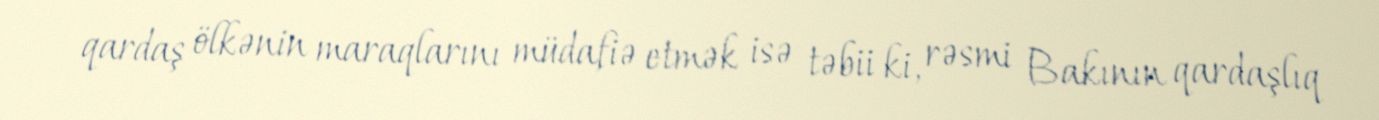
qardaş ölkənin maraqlarını müdafiə etmək isə təbii ki, rəsmi Bakının qardaşlıq